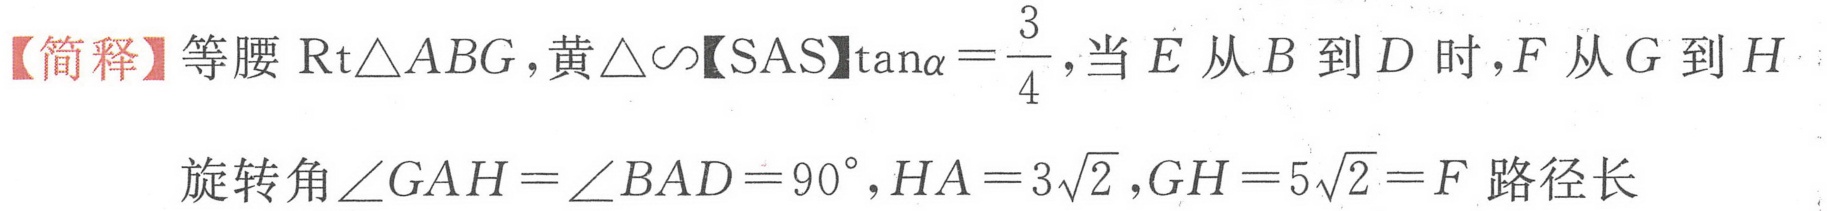
【简释】等腰\(\text{Rt}\triangle ABG\)，黄\(\triangle\sim\)【SAS】\(\tan\alpha=\frac{3}{4}\)，当\(E\)从\(B\)到\(D\)时，\(F\)从\(G\)到\(H\)
旋转角\(\angle GAH = \angle BAD = 90^{\circ}\)，\(HA = 3\sqrt{2}\)，\(GH = 5\sqrt{2}=F\)路径长